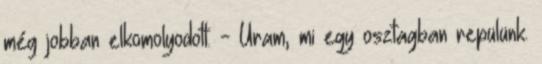
még jobban elkomolyodott. - Uram, mi egy osztagban repülünk.